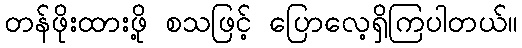
တန်ဖိုးထားဖို့ စသဖြင့် ပြောလေ့ရှိကြပါတယ်။